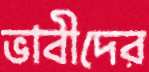
ভাবীদের